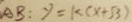
A B : y = k ( x + 5 3 )